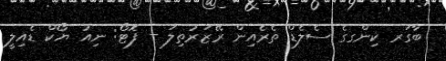
ބާގަރ ކިންގގެ ސެލެޑް ތެރެއިން ރޭޒަރުތިލަ - ފޮޓޯ: ނިއު ޔޯކް ޑެއިލީ